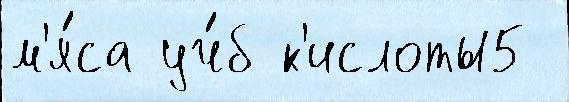
м'я́са уч́б к'ислоты5